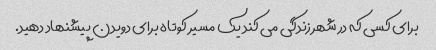
برای کسی که در شهر زندگی می کند یک مسیر کوتاه برای دویدن پیشنهاد دهید.